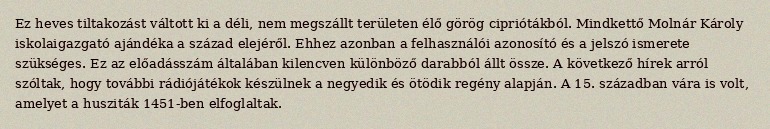
Ez heves tiltakozást váltott ki a déli, nem megszállt területen élő görög cipriótákból. Mindkettő Molnár Károly iskolaigazgató ajándéka a század elejéről. Ehhez azonban a felhasználói azonosító és a jelszó ismerete szükséges. Ez az előadásszám általában kilencven különböző darabból állt össze. A következő hírek arról szóltak, hogy további rádiójátékok készülnek a negyedik és ötödik regény alapján. A 15. században vára is volt, amelyet a husziták 1451-ben elfoglaltak.